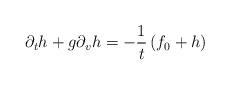
LaTeX: \begin{align*}\partial _{t}h +g\partial _{v }h =-\frac{1}{t}\left( f_0+h \right) \end{align*}